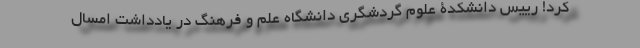
کرد! رییس دانشکدۀ علوم گردشگری دانشگاه علم و فرهنگ در یادداشت امسال